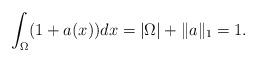
LaTeX: \begin{align*}\int_\Omega(1+a(x))dx=|\Omega|+\|a\|_1=1.\end{align*}